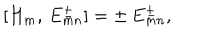
LaTeX: [ H _ { m } , \, E _ { m n } ^ { \pm } ] = \pm \, E _ { m n } ^ { \pm } ,